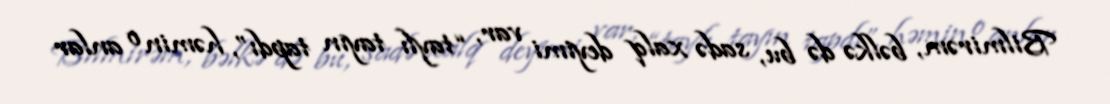
Bilmirəm, bəlkə də bu, sadə xalq deyimi var, “taylı tayın tapdı”, həmin o anlar